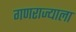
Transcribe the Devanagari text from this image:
गणराज्याला